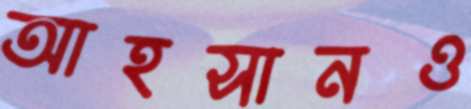
আহসানও